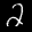
Digit: 2